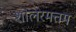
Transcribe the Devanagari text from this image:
शोलरमत्तम